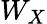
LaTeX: W_{X}